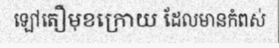
ឡៅតឿមុខក្រោយ ដែលមានកំពស់